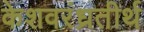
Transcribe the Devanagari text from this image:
केशवरंध्रतीर्थ